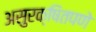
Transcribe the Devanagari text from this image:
असुरक्षितपणे